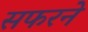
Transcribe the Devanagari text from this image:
सफरने